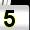
Digit: 5